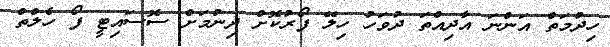
ހިދުމަތް އަންނަ އާދިއްތަ ދުވަހު ހިލޭ ފޯރުކޮށް ދިނުމަށް ސޮސައިޓީ ފޯ ހެލްތް